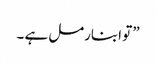
” تو ابنارمل ہے ۔